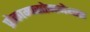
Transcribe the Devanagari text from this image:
प्रोकाम्‍पसोगनेथस